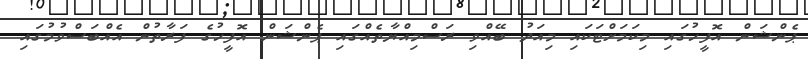
ޕެންޝަން އޮފީހުގައި މިކަމަށްޓަކައި މިއަދު ބޭއްވި ރަސްމިއްޔާތެއްގައި ޕެންޝަން އޮފީހުގެ ފަރާތުން އެއްބަސްވުމުގައި